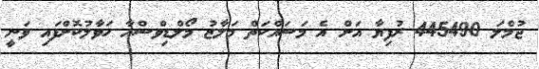
ޖުމްލަ 445490 ރުފިޔާ އަށް އެ މަސައްކަތް މަލާޒު މޯލްޑިވްސްއާ ހަވާލުކޮށްފައި ވަނީ